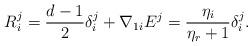
LaTeX: \begin{align*} R_i^j = {d-1\over 2}\delta_i^j + {\nabla_1}_iE^j = {\eta_i \over {\eta_r}+1} \delta_i^j.\end{align*}